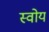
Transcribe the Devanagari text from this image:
स्वोय